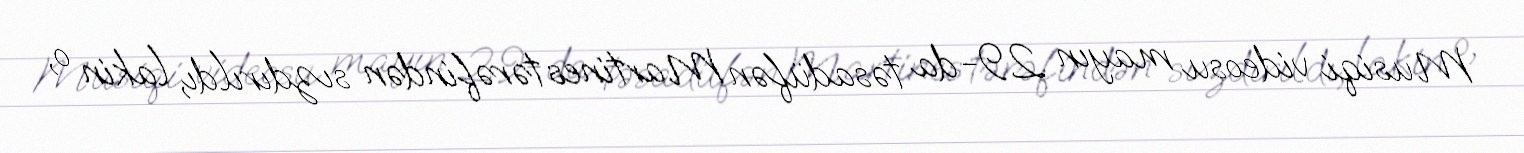
Musiqi videosu mayın 29-da təsadüfən Martines tərəfindən sızdırıldı, lakin o,